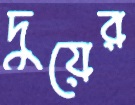
দুয়ের